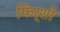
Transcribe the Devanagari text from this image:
फिर्शो